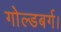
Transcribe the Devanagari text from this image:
गोल्डबर्ग।